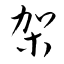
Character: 架